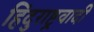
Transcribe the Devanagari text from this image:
हिंदुराष्ट्रवादी